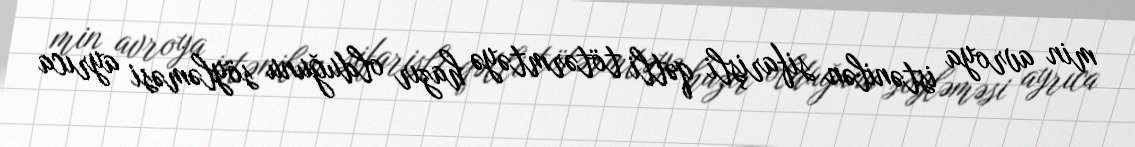
min avroya istənilən sifarişli qətli tötərmtəyə hazır olduğunu söyləməsi ayrıca